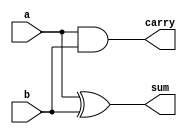
`timescale 1ns / 1ps
//////////////////////////////////////////////////////////////////////////////////
// Company: 
// Engineer: 
// 
// Design Name: 
// Module Name: HA
// Project Name: 
// Target Devices: 
// Tool Versions: 
// Description: 
// 
// Dependencies: 
// 
// Revision:
// Revision 0.01 - File Created
// Additional Comments:
// 
//////////////////////////////////////////////////////////////////////////////////


module HA(input a,b,output reg sum,carry);
always @(*)
begin 
sum = (a^b);
carry = a &b;
end
endmodule